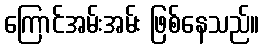
ကြောင်အမ်းအမ်း ဖြစ်နေသည်။